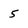
Character: 5